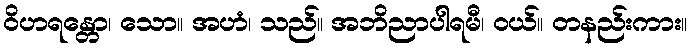
ဝိဟရန္တော၊ သော။ အဟံ၊ သည်။ အဘိညာပါရမီ၊ ဝယ်။ တနည်းကား။